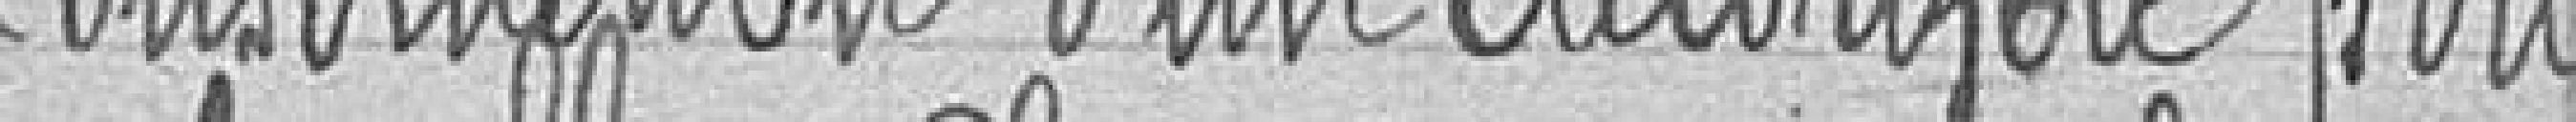
Construction d'un calorifère pour